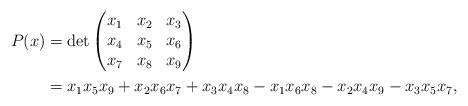
LaTeX: \begin{align*}P(x) & = \det \begin{pmatrix} x_{1} & x_{2} & x_{3} \\ x_{4} & x_{5} & x_{6}\\ x_{7} & x_{8} & x_{9}\end{pmatrix}\\& = x_{1}x_{5}x_{9} + x_{2}x_{6}x_{7} + x_{3}x_{4}x_{8} - x_{1}x_{6}x_{8} - x_{2}x_{4}x_{9} - x_{3}x_{5}x_{7},\end{align*}